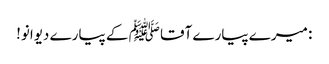
: میرے پیارے آقا ﷺ کے پیارے دیوانو!